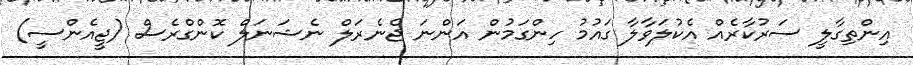
އިންތިގާލީ ސަރުކާރެއް އެކުލަވާލާ ގައުމު ހިންގަމުން އަންނަ ޖެނެރަލް ނެޝަނަލް ކޮންގްރެސް (ޖީއެންސީ)